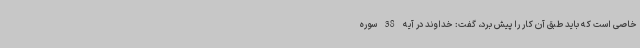
خاصی است که باید طبق آن کار را پیش برد، گفت: خداوند در آیه 38 سوره